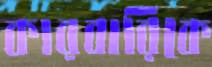
কারবারিকে